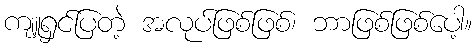
ကျူရှင်ပြတဲ့ အလုပ်ဖြစ်ဖြစ်၊ ဘာဖြစ်ဖြစ်ပေါ့။